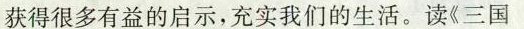
获得很多有益的启示，充实我们的生活。读《三国